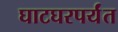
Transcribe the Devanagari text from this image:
घाटघरपर्यंत